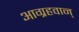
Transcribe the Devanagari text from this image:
आग्रहवान्‌